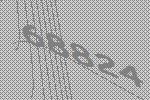
68824